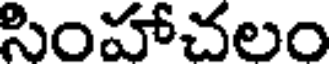
సింహాచలం